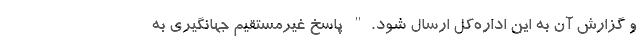
و گزارش آن به این اداره‌کل ارسال شود." پاسخ غیرمستقیم جهانگیری به